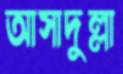
আসাদুল্লা